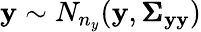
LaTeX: \mathbf{y}\sim N_{n_{y}}(\mathbf{y},\pmb{\Sigma}_{\mathbf{y}\mathbf{y}})